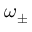
\omega _ { \pm }